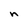
Character: n